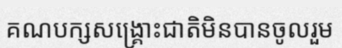
គណបក្សសង្គ្រោះជាតិមិនបានចូលរួម